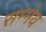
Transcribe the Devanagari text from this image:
सम्मेय